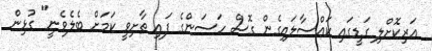
އަރިކޮށްލި ގަޑީގައި ކައްސާލައިގެން ގޮސް ހަސަންގެ ފައި ތާށިވީ ކަމަށް ބެލެވެނީ" ގުޅިން